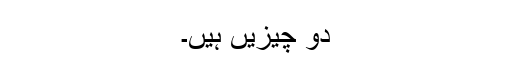
دو چیزیں ہیں۔